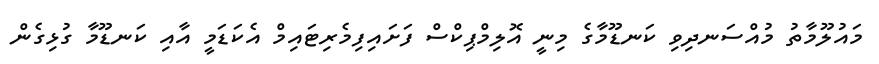
މައުލޫމާތު މުއްސަނދިވި ކަނޑޫމާގެ މިނީ އޮލިމްޕިކްސް ފަށައިފިމެރިޓައިމް އެކަޑަމީ އާއި ކަނޑޫމާ ގުޅިގެން